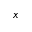
x